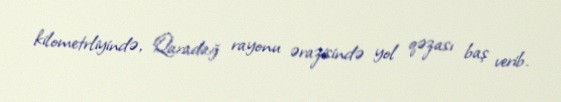
kilometrliyində, Qaradağ rayonu ərazisində yol qəzası baş verib.